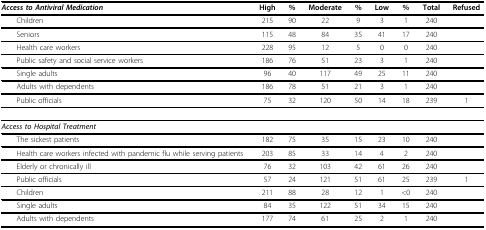
<table><thead><tr><td><b><i>Access to Antiviral Medication</i></b></td><td><b>High</b></td><td><b>%</b></td><td><b>Moderate</b></td><td><b>%</b></td><td><b>Low</b></td><td><b>%</b></td><td><b>Total</b></td><td><b>Refused</b></td></tr></thead><tbody><tr><td> Children</td><td>215</td><td>90</td><td>22</td><td>9</td><td>3</td><td>1</td><td>240</td><td></td></tr><tr><td> Seniors</td><td>115</td><td>48</td><td>84</td><td>35</td><td>41</td><td>17</td><td>240</td><td></td></tr><tr><td> Health care workers</td><td>228</td><td>95</td><td>12</td><td>5</td><td>0</td><td>0</td><td>240</td><td></td></tr><tr><td> Public safety and social service workers</td><td>186</td><td>76</td><td>51</td><td>23</td><td>3</td><td>1</td><td>240</td><td></td></tr><tr><td> Single adults</td><td>96</td><td>40</td><td>117</td><td>49</td><td>25</td><td>11</td><td>240</td><td></td></tr><tr><td> Adults with dependents</td><td>186</td><td>78</td><td>51</td><td>21</td><td>3</td><td>1</td><td>240</td><td></td></tr><tr><td> Public officials</td><td>75</td><td>32</td><td>120</td><td>50</td><td>14</td><td>18</td><td>239</td><td>1</td></tr><tr><td><b><i>Access to Hospital Treatment</i></b></td><td></td><td></td><td></td><td></td><td></td><td></td><td></td><td></td></tr><tr><td> The sickest patients</td><td>182</td><td>75</td><td>35</td><td>15</td><td>23</td><td>10</td><td>240</td><td></td></tr><tr><td> Health care workers infected with pandemic flu while serving patients</td><td>203</td><td>85</td><td>33</td><td>14</td><td>4</td><td>2</td><td>240</td><td></td></tr><tr><td> Elderly or chronically ill</td><td>76</td><td>32</td><td>103</td><td>42</td><td>61</td><td>26</td><td>240</td><td></td></tr><tr><td> Public officials</td><td>57</td><td>24</td><td>121</td><td>51</td><td>61</td><td>25</td><td>239</td><td>1</td></tr><tr><td> Children</td><td>211</td><td>88</td><td>28</td><td>12</td><td>1</td><td>&lt;0</td><td>240</td><td></td></tr><tr><td> Single adults</td><td>84</td><td>35</td><td>122</td><td>51</td><td>34</td><td>15</td><td>240</td><td></td></tr><tr><td> Adults with dependents</td><td>177</td><td>74</td><td>61</td><td>25</td><td>2</td><td>1</td><td>240</td><td></td></tr></tbody></table>